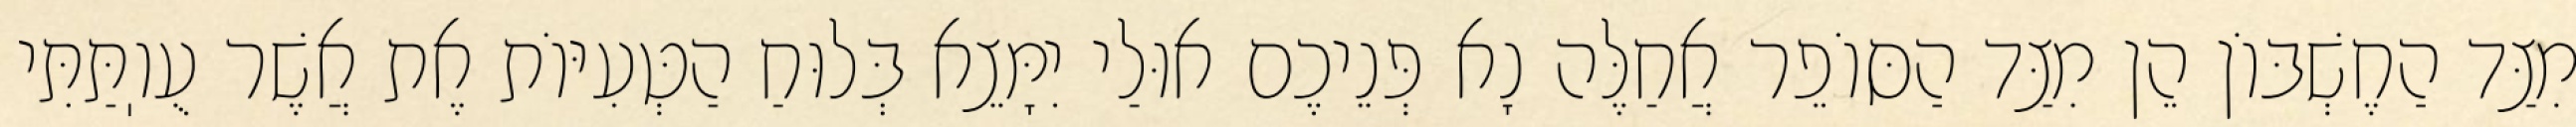
מִצַּד הַחֶשְׁבּוֹן הֵן מִצַּד הַסּוֹפֵר אֲחַלֶּה נָא פְּנֵיכֶם אוּלַי יִמָּצֵא בְּלוּחַ הַטְּעִיּוֹת אֶת אֲשֶׁר עֻוֽתַּתִּי